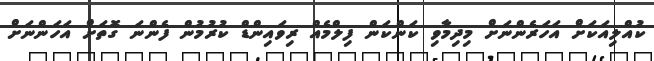
ކުއްލިއަކަށް އަހަރެންނަށް މިދިމާވި ކަންކަން ފިލްމެއް ރިވައިންޑް ކުރުމުން ފެންނަ ގޮތަށް އަހަންނަށް